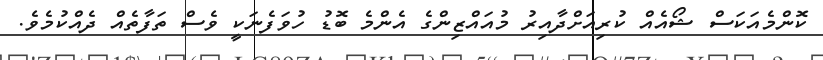
ކޮންމެއަކަސް ޝޯއެއް ކުރިއަށްދާއިރު މުއައްޒިންގެ އެންމެ ބޮޑު ހުވަފެނަކީ ވެސް ތަފާތެއް ދެއްކުމެވެ.